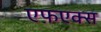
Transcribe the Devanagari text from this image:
एफ़एक्स